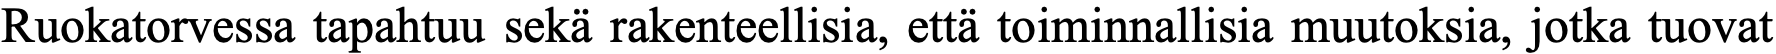
Ruokatorvessa tapahtuu sekä rakenteellisia, että toiminnallisia muutoksia, jotka tuovat